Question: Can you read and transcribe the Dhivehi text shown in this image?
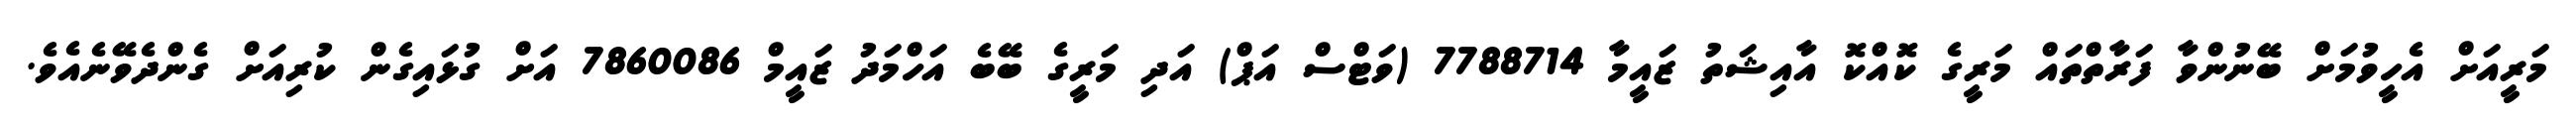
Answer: މަރީއަށް އެހީވުމަށް ބޭނުންވާ ފަރާތްތައް މަރީގެ ކޮއްކޮ އާއިޝަތު ޒައީމާ 7788714 (ވަޓްސް އަޕް) އަދި މަރީގެ ބޭބެ އަހްމަދު ޒައީމް 7860086 އަށް ގުޅައިގެން ކުރިއަށް ގެންދެވޭނެއެވެ.